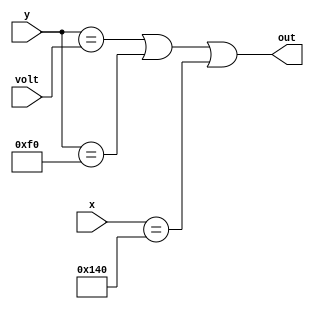
module comparator(input [9:0] y, volt, x, output out);
	assign out = y == volt || y == 240 || x == 320;
endmodule